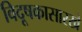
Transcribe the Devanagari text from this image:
विदूषकासारखे